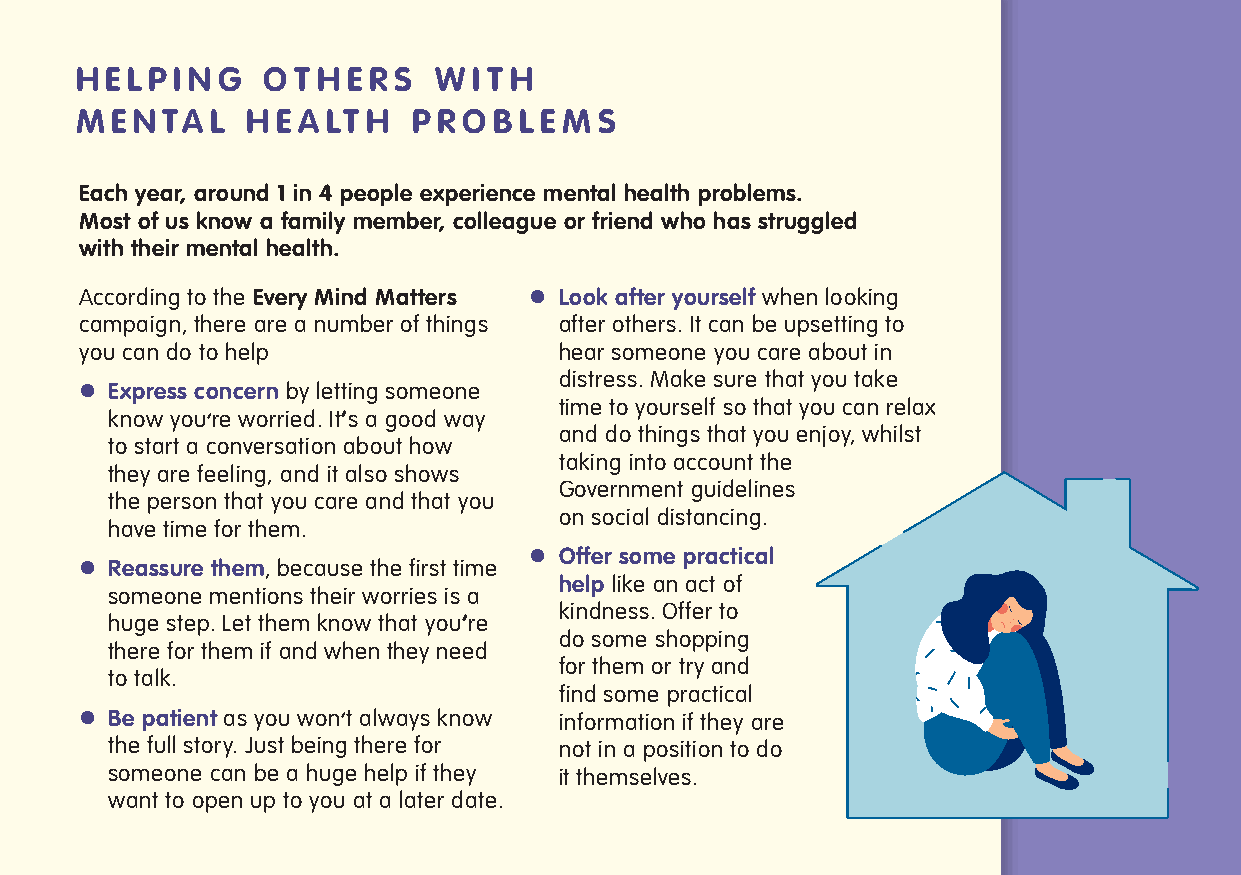
H E L P I N G O T H E R S W I T H
 M E N TA L H E A LT H P R O B L E M S
 Each year, around 1 in 4 people experience mental health problems.
 Most of us know a family member, colleague or friend who has struggled
 with their mental health.
 According to the Every Mind Matters l Look after yourself when looking
 campaign, there are a number of things after others. It can be upsetting to
 you can do to help              hear someone you care about in
 distress. Make sure that you take
 l Express concern by letting someone
 time to yourself so that you can relax
 know you’re worried. It’s a good way
 and do things that you enjoy, whilst
 to start a conversation about how
 taking into account the
 they are feeling, and it also shows
 Government guidelines
 the person that you care and that you
 on social distancing.
 have time for them.
 l Offer some practical
 l Reassure them, because the first time
 help like an act of
 someone mentions their worries is a
 kindness. Offer to
 huge step. Let them know that you’re
 do some shopping
 there for them if and when they need
 for them or try and
 to talk.
 find some practical
 l Be patient as you won’t always know information if they are
 the full story. Just being there for not in a position to do
 someone can be a huge help if they it themselves.
 want to open up to you at a later date.